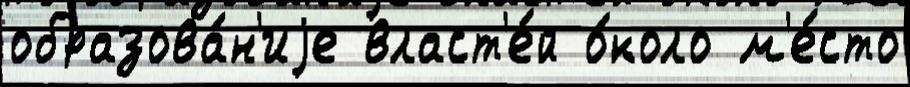
образова́н'иjе власт'е́й о́коло м'е́сто